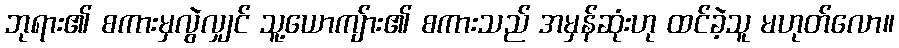
ဘုရား၏ စကားမှလွဲလျှင် သူ့ယောကျ်ား၏ စကားသည် အမှန်ဆုံးဟု ထင်ခဲ့သူ မဟုတ်လော။